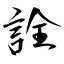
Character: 詮